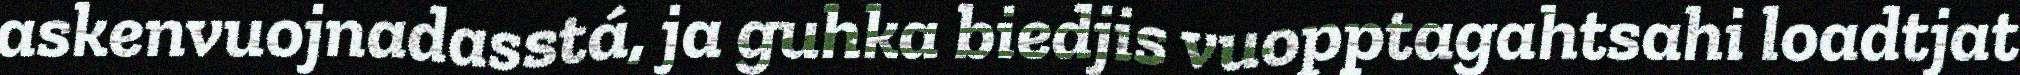
askenvuojnadasstá, ja guhka biedjis vuopptagahtsahi loadtjat